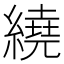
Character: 繞